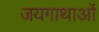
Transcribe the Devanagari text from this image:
जयगाथाओं